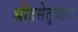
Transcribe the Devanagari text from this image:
श्रौतसेतुत्रहेतो